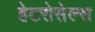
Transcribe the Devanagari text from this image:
हेटरोसेल्स